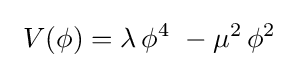
~V(\phi )=\lambda \,\phi ^{4}~-\mu ^{2}\,\phi ^{2}